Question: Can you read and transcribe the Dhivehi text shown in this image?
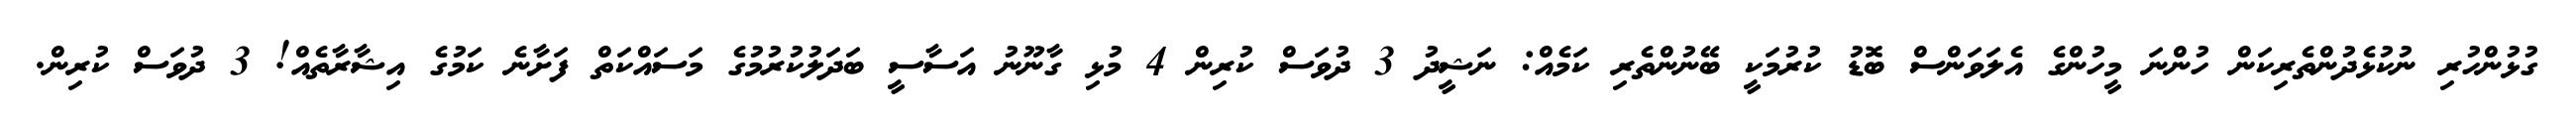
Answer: ގުޅުންހުރި ނުކުޅެދުންތެރިކަން ހުންނަ މީހުންގެ އެލަވަންސް ބޮޑު ކުރުމަކީ ބޭނުންތެރި ކަމެއް: ނަޝީދު 3 ދުވަސް ކުރިން 4 މުޅި ގާނޫނު އަސާސީ ބަދަލުކުރުމުގެ މަސައްކަތް ފަށާނެ ކަމުގެ އިޝާރާތެއް! 3 ދުވަސް ކުރިން.